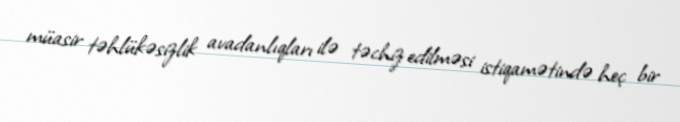
müasir təhlükəsizlik avadanlıqları ilə təchiz edilməsi istiqamətində heç bir